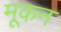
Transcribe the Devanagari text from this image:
मूकन